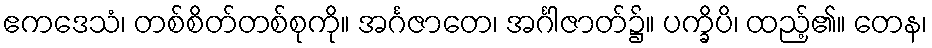
ဧကဒေသံ၊ တစ်စိတ်တစ်စုကို။ အင်္ဂဇာတေ၊ အင်္ဂါဇာတ်၌။ ပက္ခိပိ၊ ထည့်၏။ တေန၊